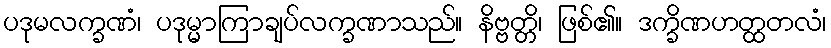
ပဒုမလက္ခဏံ၊ ပဒုမ္မာကြာချပ်လက္ခဏာသည်။ နိဗ္ဗတ္တိ၊ ဖြစ်၏။ ဒက္ခိဏဟတ္ထတလံ၊